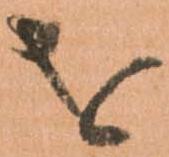
を